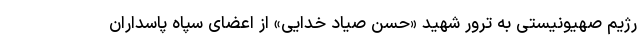
رژیم صهیونیستی به ترور شهید «حسن صیاد خدایی» از اعضای سپاه پاسداران